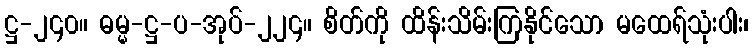
ဋ္ဌ-၂၄၀။ ဓမ္မ-ဋ္ဌ-ပ-အုပ်-၂၂၄။ စိတ်ကို ထိန်းသိမ်းကြနိုင်သော မထေရ်သုံးပါး၊